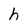
Character: h